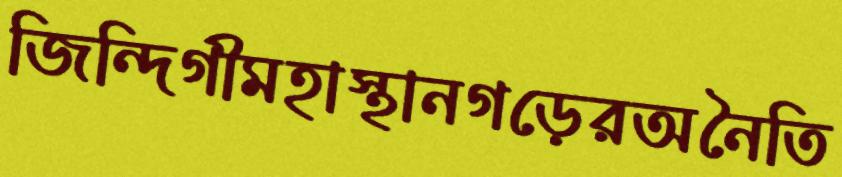
জিন্দিগীমহাস্থানগড়েরঅনৈতি